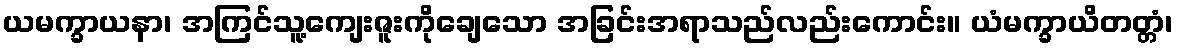
ယမက္ခာယနာ၊ အကြင်သူ့ကျေးဇူးကိုချေသော အခြင်းအရာသည်လည်းကောင်း။ ယံမက္ခာယိတတ္တံ၊